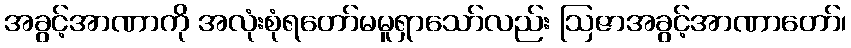
အခွင့်အာဏာကို အလုံးစုံရတော်မမူရှာသော်လည်း ဩဇာအခွင့်အာဏာတော်၊